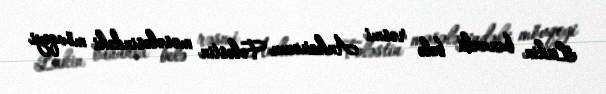
Lakin bununla belə rəsmi Ankaranın Fələstin məsələsindəki mövqeyi